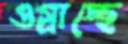
ওগ্‌রাচ্ছে